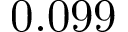
0 . 0 9 9